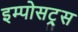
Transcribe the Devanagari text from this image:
इम्पोसट्र्स